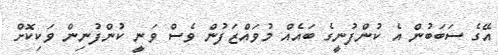
އޭގެ ސަބަބުން އެ ކުންފުނީގެ ބައެއް މުވައްޒަފުން ވެސް ވަނީ ކުންފުނިން ވަކިކޮށް